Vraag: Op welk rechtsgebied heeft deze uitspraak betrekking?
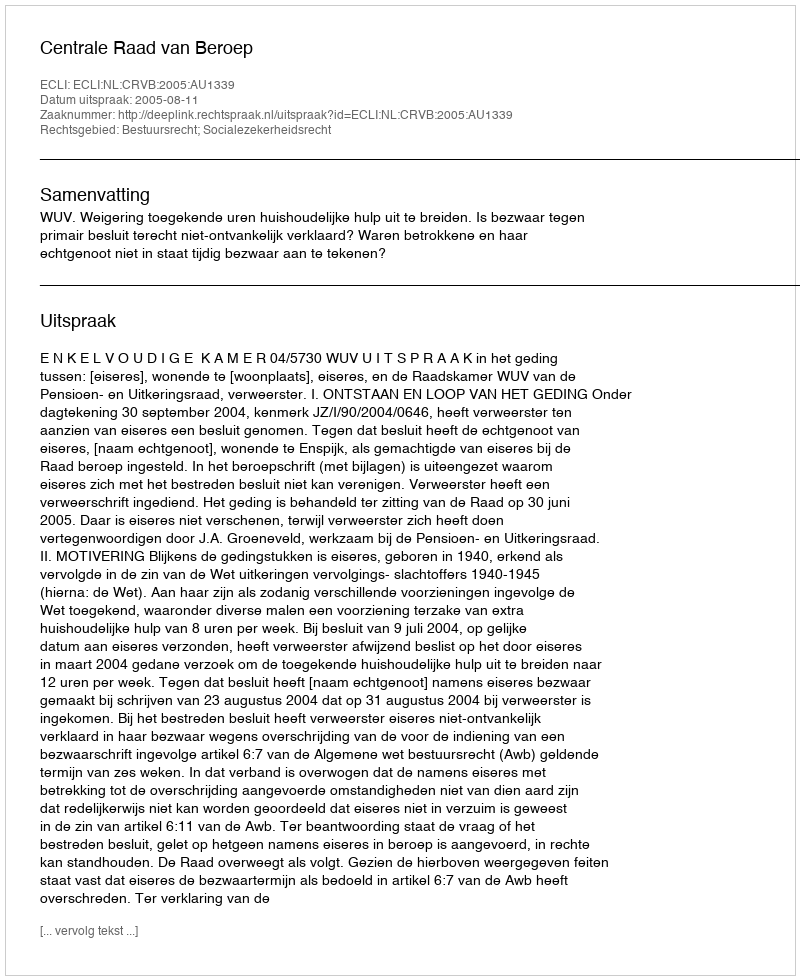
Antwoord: Bestuursrecht; Socialezekerheidsrecht